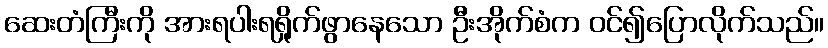
ဆေးတံကြီးကို အားရပါးရရှိုက်ဖွာနေသော ဦးအိုက်စံက ဝင်၍ပြောလိုက်သည်။